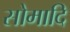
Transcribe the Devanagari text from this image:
सोमादि